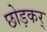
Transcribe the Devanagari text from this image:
छोड़कर्